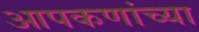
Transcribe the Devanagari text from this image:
आपकणांच्या